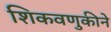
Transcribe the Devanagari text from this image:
शिकवणुकीने